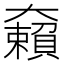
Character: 𡚚